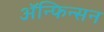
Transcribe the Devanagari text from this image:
ॲन्फिन्सन